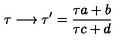
\tau \longrightarrow \tau ^ { \prime } = \frac { \tau a + b } { \tau c + d }